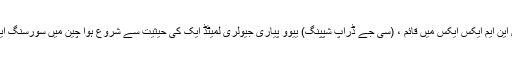
ایکس این ایم ایکس ایکس میں قائم ، (سی جے ڈراپ شپپنگ) ییوو پیاری جیولری لمیٹڈ ایک کی حیثیت سے شروع ہوا چین میں سورسنگ ایجنٹ۔